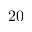
2 0